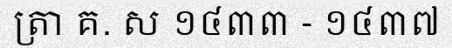
ត្រា គ. ស ១៤៣៣ - ១៤៣៧